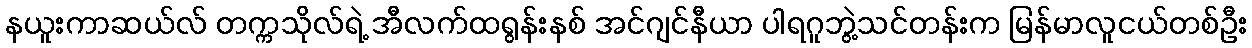
နယူးကာဆယ်လ် တက္ကသိုလ်ရဲ့ အီလက်ထရွန်းနစ် အင်ဂျင်နီယာ ပါရဂူဘွဲ့သင်တန်းက မြန်မာလူငယ်တစ်ဦး